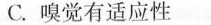
C.嗅觉有适应性